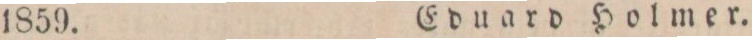
1859.    Eduard Holmer.